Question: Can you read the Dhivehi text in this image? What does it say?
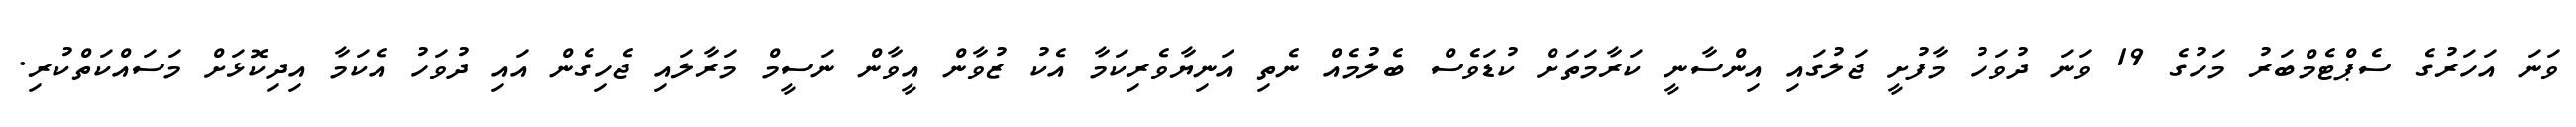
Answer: ވަނަ އަހަރުގެ ސެޕްޓެމްބަރު މަހުގެ 19 ވަނަ ދުވަހު މާފުށީ ޖަލުގައި އިންސާނީ ކަރާމަތަށް ކުޑަވެސް ބެލުމެއް ނެތި އަނިޔާވެރިކަމާ އެކު ޒުވާން އީވާން ނަސީމް މަރާލައި ޖެހިގެން އައި ދުވަހު އެކަމާ އިދިކޮޅަށް މަސައްކަތްކުރި.